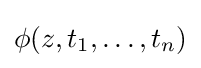
\phi (z,t_{1},\dots ,t_{n})